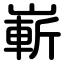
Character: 嶄